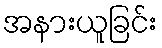
အနားယူခြင်း